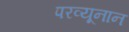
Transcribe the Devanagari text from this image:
परव्यूनान